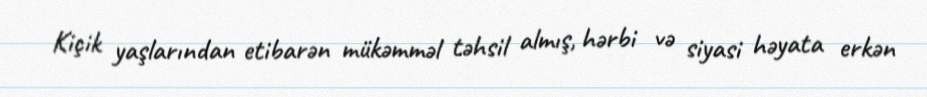
Kiçik yaşlarından etibarən mükəmməl təhsil almış, hərbi və siyasi həyata erkən